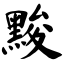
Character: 黢